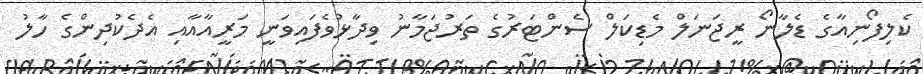
ކެލިފޯނިއާގެ ޑެލާނޯ ރީޖަނަލް މެޑިކަލް ސެންޓަރުގެ ތަރުޖަމާނު ވިދާޅުވެފައިވަނީ މަރީއާއާއި އެދެކުދިންގެ ހާލު